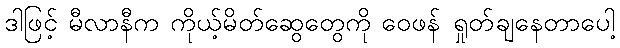
ဒါဖြင့် မီလာနီက ကိုယ့်မိတ်ဆွေတွေကို ဝေဖန် ရှုတ်ချနေတာပေါ့